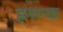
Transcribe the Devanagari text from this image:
हमान्क